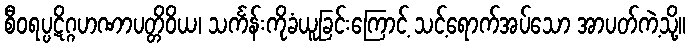
စီဝရပ္ပဋိဂ္ဂဟဏာပတ္တိဝိယ၊ သင်္ကန်းကိုခံယူခြင်းကြောင့် သင့်ရောက်အပ်သော အာပတ်ကဲ့သို့။